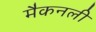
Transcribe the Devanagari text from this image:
मैकनली